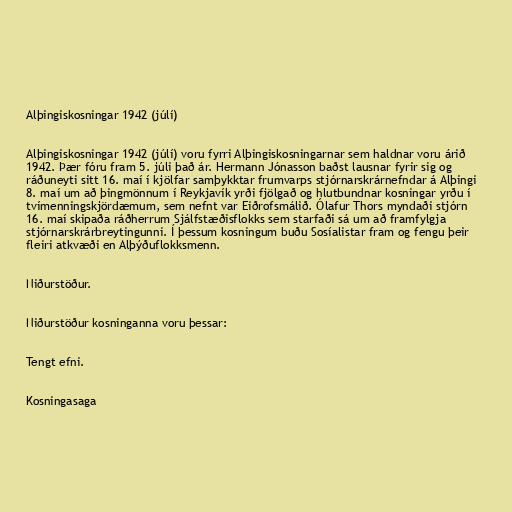
Alþingiskosningar 1942 (júlí)

Alþingiskosningar 1942 (júlí) voru fyrri Alþingiskosningarnar sem haldnar voru árið
1942. Þær fóru fram 5. júli það ár. Hermann Jónasson baðst lausnar fyrir sig og
ráðuneyti sitt 16. maí í kjölfar samþykktar frumvarps stjórnarskrárnefndar á Alþingi
8. maí um að þingmönnum í Reykjavík yrði fjölgað og hlutbundnar kosningar yrðu í
tvímenningskjördæmum, sem nefnt var Eiðrofsmálið. Ólafur Thors myndaði stjórn
16. maí skipaða ráðherrum Sjálfstæðisflokks sem starfaði sá um að framfylgja
stjórnarskrárbreytingunni. Í þessum kosningum buðu Sosíalistar fram og fengu þeir
fleiri atkvæði en Alþýðuflokksmenn.

Niðurstöður.

Niðurstöður kosninganna voru þessar:

Tengt efni.

Kosningasaga